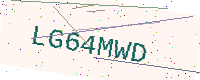
Text: LG64MWD